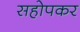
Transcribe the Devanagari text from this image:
सहोपकर